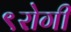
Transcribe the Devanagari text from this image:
९रोगी